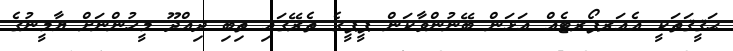
ޙަޤީޤަތަކީ އެއަރޕޯރޓެއް އަޅަން ބޭނުންވާކަން ޕީޕީގެ ތެރޭގައި ތިބި ދިއްދޫ މީހުންނަށް ޔާމީނުގެ